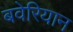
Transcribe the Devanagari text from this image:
बवेरियान